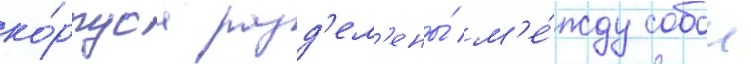
ко́рпуса разд'ел'ены́ м'е́жду собои